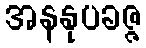
အနနုပခဇ္ဇ